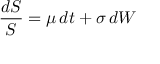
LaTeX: { \frac { d S } { S } } = \mu \, d t + \sigma \, d W